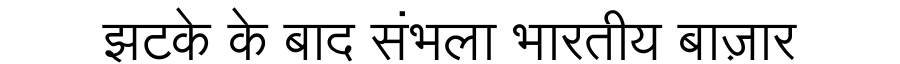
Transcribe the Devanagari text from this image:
झटके के बाद संभला भारतीय बाज़ार